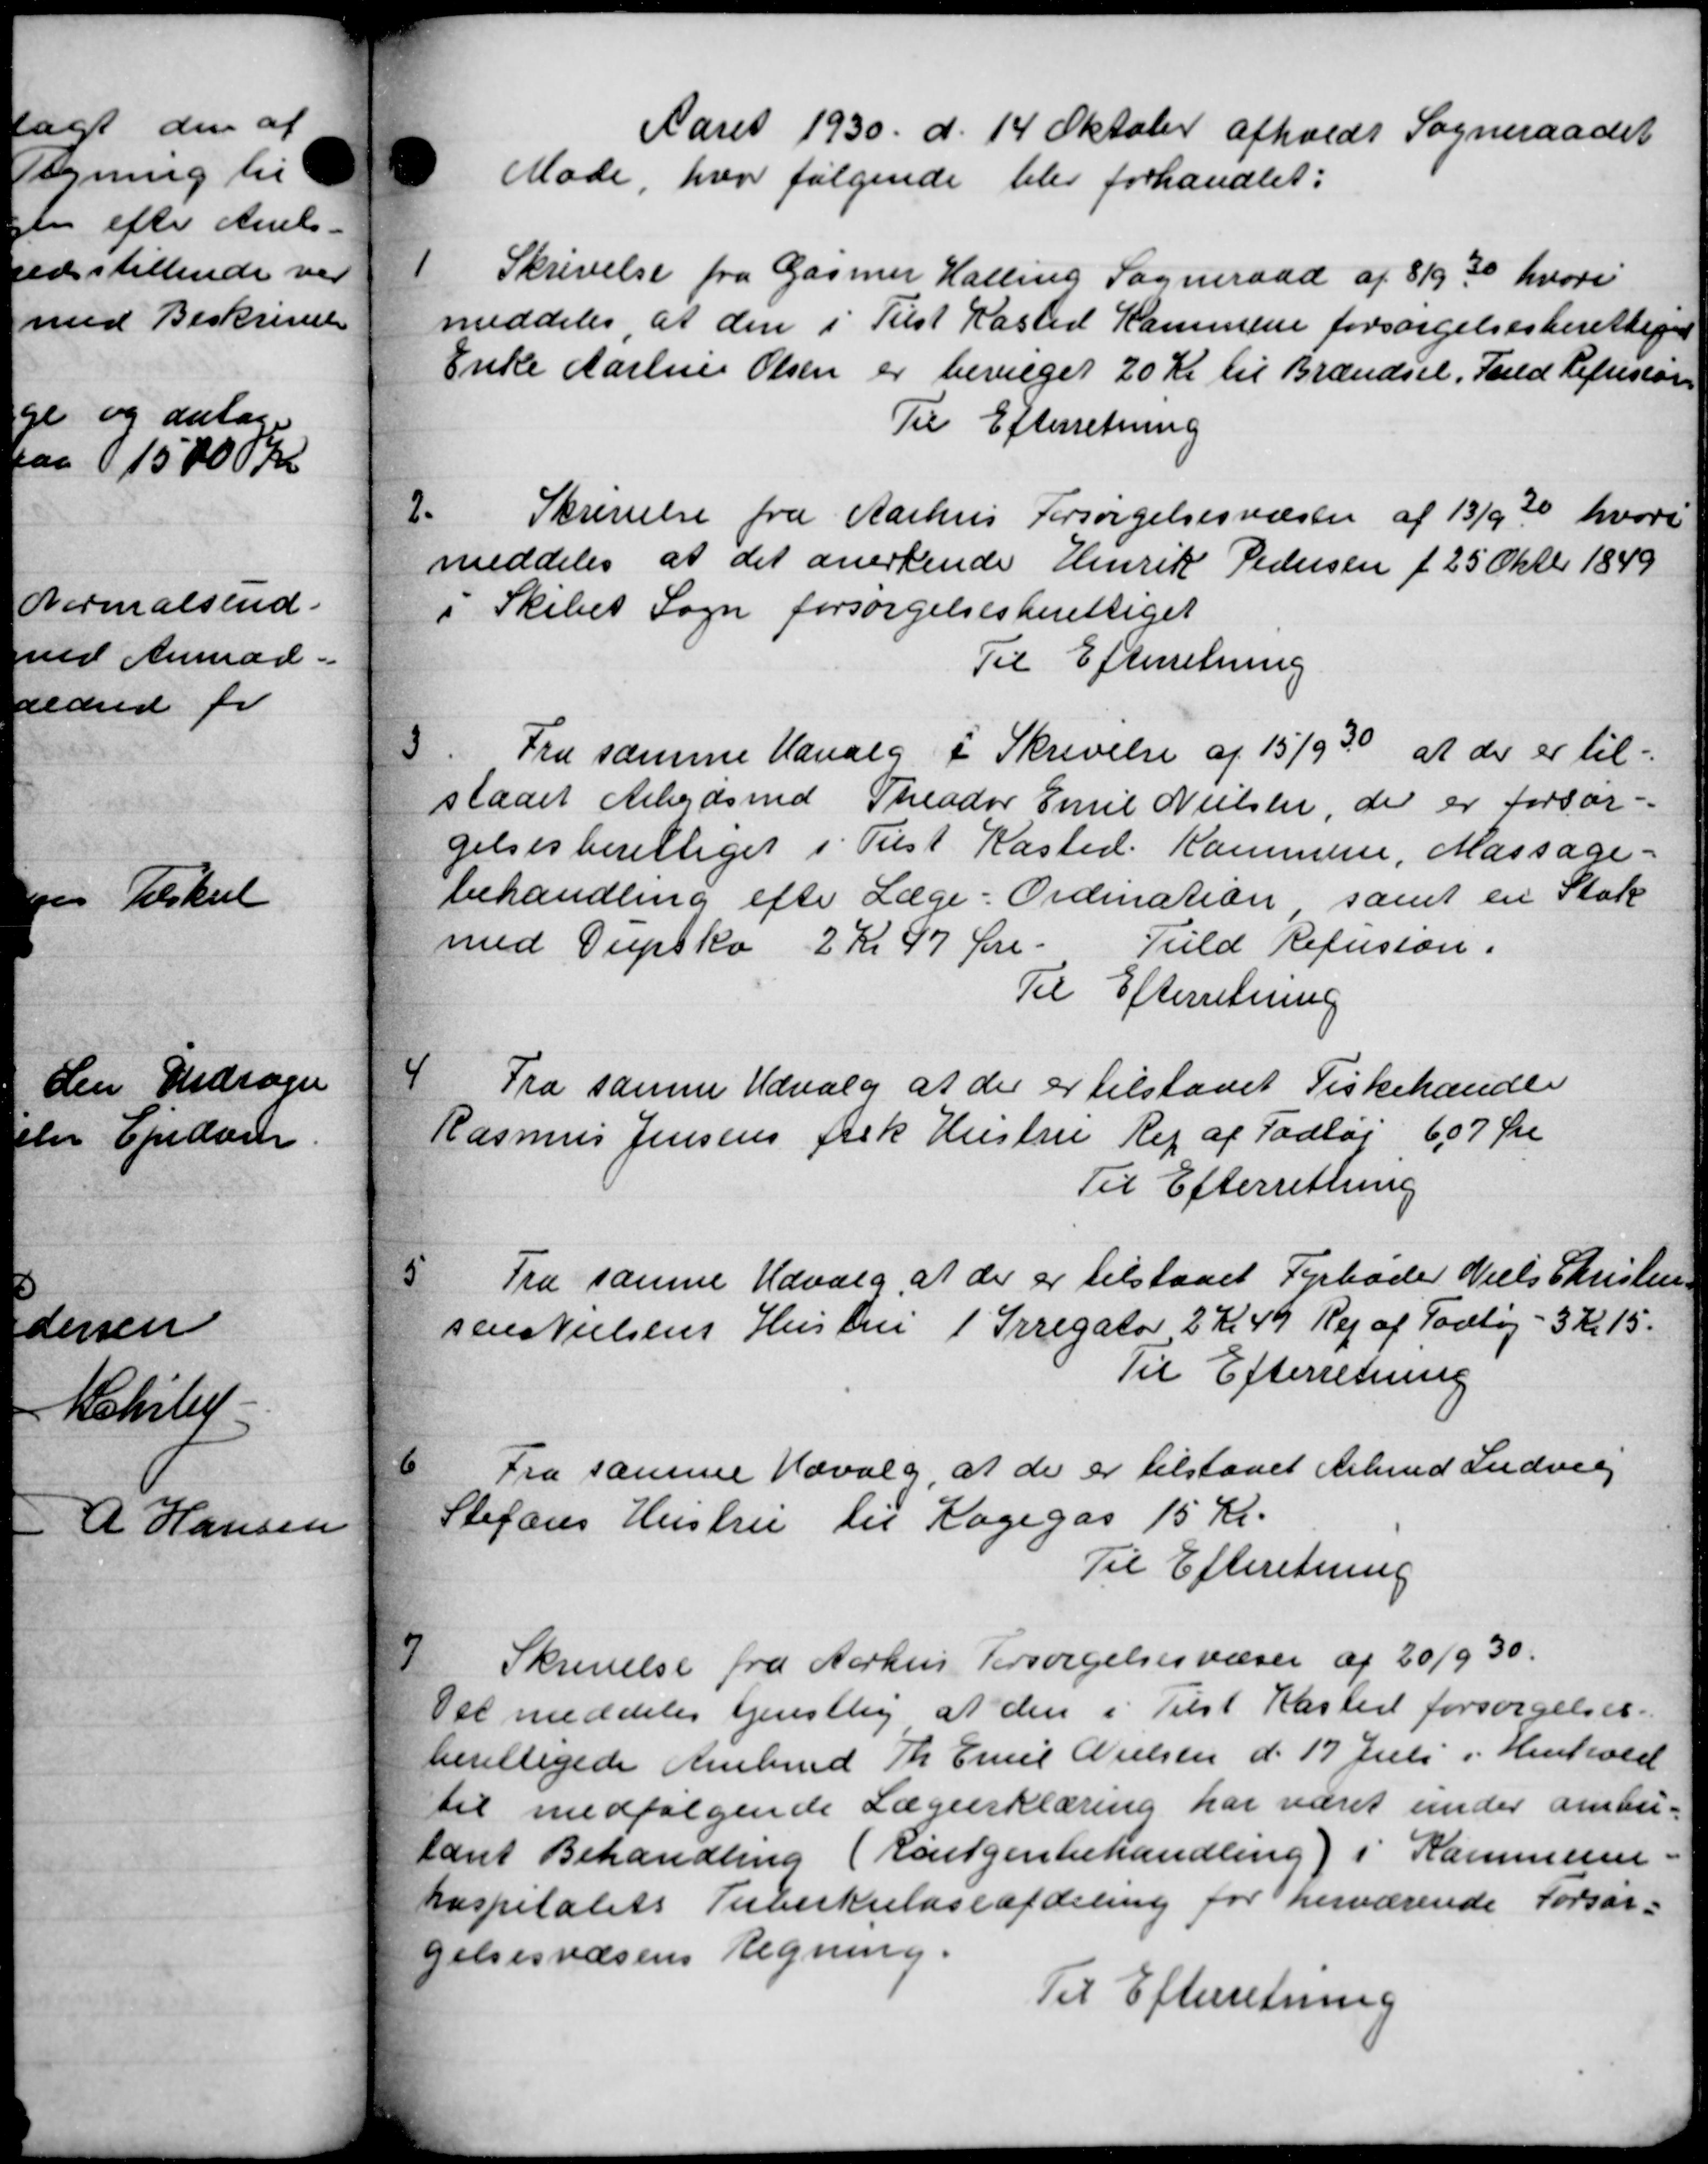
Transskription:
Aaret 1930 d. 14 Oktober afholdt Sogneraadet
Møde, hvor følgende blev forhandlet:
1
Skrivelse fra Gasmer Halling Sogneraad af 8/9 30 hvori
meddeles, at den i Tilst Rasted Kammene forsørgelsesberettiget
Enke Aarhus Olsen er bevilget 20 Kr til Brændsel, Fald Refusion
Til Efterretning
2.
Skrivelse fra Aarhus Forsørgelsesvæsen af 13/9 30 hvori
meddeles at det anerkende Henrik Pedersen f. 25 Oktbr 1849
i Skibet Sogn forsørgelsesberettiget
Til Efterretning
3
Fra samme Udvalg i Skrivelse af 15/9 30 at der er til-
slaaet Arbejdsmd Theodor Emil Nielsen, der er forsør-
gelsesberettiget i Tilst Kasted Kommune, Massage-
behandling efter Læge-Ordination, samt en Stats
med Supsko 2 Kr 47 Øre.
Fuld Refusion.
Til Efterretning
4
Fra samme Udvalg at der er tilstaaet Fiskehandle
Rasmus Jensens fisk Hustru Reg af Fodtøj 607 Øre
Til Efterretning
5
Fra samme Udvalg, at der er tilstaaet Fyrbøder Niels Christens
Jens Nielsens Hustru 1 Srregator 2 Kr 49 Rej af Todtøj - 3 Kr 15.
Til Efterretning
6
Fra samme Udvalg, at de er tilstaaet Arbmd Ludvig
Stefans Hustru til Kogegas 15 Kr.
Til Efteretning
7
Skrivelse fra Aarhus Forsørgelsesvæsen af 20/9 30.
Del meddeles tjenstlig at den i Tilst Kasted forsørgelses-
berettigede Arbmd Th. Emil Nielsen d. 17 Juli i Henhold
til medfølgende Lægeerklæring har været under ombe-
lant Behandling (Røntgenbehandling) i Kommune-
hospitalets Tuberkuloseafdeling for herværende Forsør-
gelsesvæsens Regning.
Til Efterretning